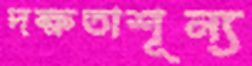
দক্ষতাশূন্য